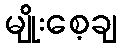
မျိုးစေ့ချ